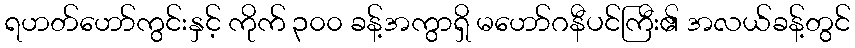
ရဟတ်ဟော်ကွင်းနှင့် ကိုက် ၃၀၀ ခန့်အကွာရှိ မဟော်ဂနီပင်ကြီး၏ အလယ်ခန့်တွင်